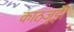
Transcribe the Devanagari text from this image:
काठजूड़ी